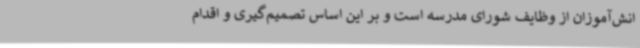
انش‌آموزان از وظایف شورای مدرسه است و بر این اساس تصمیم‌گیری و اقدام